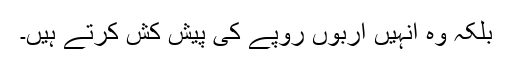
بلکہ وہ انہیں اربوں روپے کی پیش کش کرتے ہیں۔